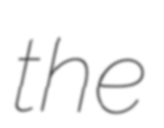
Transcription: the